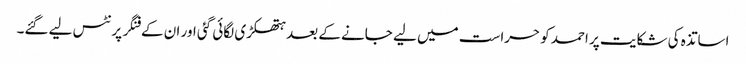
اساتذہ کی شکایت پر احمد کو حراست میں لیے جانے کے بعد ہتھکڑی لگائی گئی اور ان کے فنگر پرنٹس لیے گئے۔